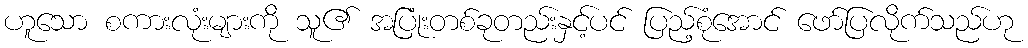
ဟူသော စကားလုံးများကို သူ၏ အပြုံးတစ်ခုတည်းနှင့်ပင် ပြည့်စုံအောင် ဖော်ပြလိုက်သည်ဟု